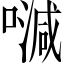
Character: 𠽦